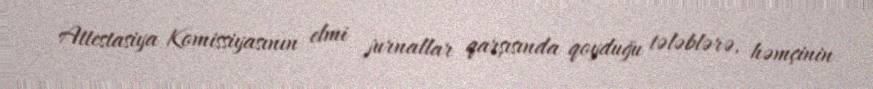
Attestasiya Komissiyasının elmi jurnallar qarşısında qoyduğu tələblərə, həmçinin